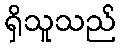
ရှိသူသည်